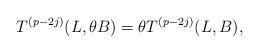
LaTeX: \begin{align*}T^{(p-2j)}( L,\theta B)=\theta T^{(p-2j)}(L,B),\end{align*}